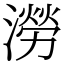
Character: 澇